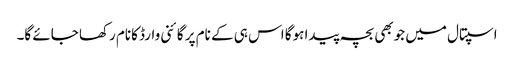
اسپتال میں جوبھی بچہ پیدا ہوگا اس ہی کے نام پر گائنی وارڈ کانام رکھا جائے گا۔